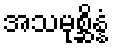
အသမုစ္ဆိန္နံ